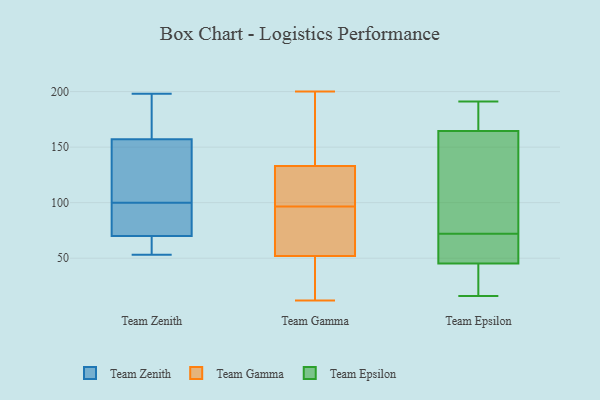
{"axis": {"x": "Demand Index", "y": "Value"}, "legend": ["Team Epsilon", "Team Gamma", "Team Zenith"], "data": [{"x": "", "y": 53, "type": "Team Zenith"}, {"x": "", "y": 198, "type": "Team Zenith"}, {"x": "", "y": 190, "type": "Team Zenith"}, {"x": "", "y": 82, "type": "Team Zenith"}, {"x": "", "y": 58, "type": "Team Zenith"}, {"x": "", "y": 107, "type": "Team Zenith"}, {"x": "", "y": 58, "type": "Team Zenith"}, {"x": "", "y": 171, "type": "Team Zenith"}, {"x": "", "y": 82, "type": "Team Zenith"}, {"x": "", "y": 143, "type": "Team Zenith"}, {"x": "", "y": 93, "type": "Team Zenith"}, {"x": "", "y": 115, "type": "Team Zenith"}, {"x": "", "y": 182, "type": "Team Gamma"}, {"x": "", "y": 51, "type": "Team Gamma"}, {"x": "", "y": 141, "type": "Team Gamma"}, {"x": "", "y": 94, "type": "Team Gamma"}, {"x": "", "y": 34, "type": "Team Gamma"}, {"x": "", "y": 160, "type": "Team Gamma"}, {"x": "", "y": 53, "type": "Team Gamma"}, {"x": "", "y": 120, "type": "Team Gamma"}, {"x": "", "y": 99, "type": "Team Gamma"}, {"x": "", "y": 148, "type": "Team Gamma"}, {"x": "", "y": 98, "type": "Team Gamma"}, {"x": "", "y": 30, "type": "Team Gamma"}, {"x": "", "y": 95, "type": "Team Gamma"}, {"x": "", "y": 39, "type": "Team Gamma"}, {"x": "", "y": 73, "type": "Team Gamma"}, {"x": "", "y": 111, "type": "Team Gamma"}, {"x": "", "y": 12, "type": "Team Gamma"}, {"x": "", "y": 63, "type": "Team Gamma"}, {"x": "", "y": 200, "type": "Team Gamma"}, {"x": "", "y": 125, "type": "Team Gamma"}, {"x": "", "y": 62, "type": "Team Epsilon"}, {"x": "", "y": 169, "type": "Team Epsilon"}, {"x": "", "y": 34, "type": "Team Epsilon"}, {"x": "", "y": 86, "type": "Team Epsilon"}, {"x": "", "y": 183, "type": "Team Epsilon"}, {"x": "", "y": 21, "type": "Team Epsilon"}, {"x": "", "y": 70, "type": "Team Epsilon"}, {"x": "", "y": 191, "type": "Team Epsilon"}, {"x": "", "y": 52, "type": "Team Epsilon"}, {"x": "", "y": 43, "type": "Team Epsilon"}, {"x": "", "y": 163, "type": "Team Epsilon"}, {"x": "", "y": 38, "type": "Team Epsilon"}, {"x": "", "y": 126, "type": "Team Epsilon"}, {"x": "", "y": 165, "type": "Team Epsilon"}, {"x": "", "y": 131, "type": "Team Epsilon"}, {"x": "", "y": 188, "type": "Team Epsilon"}, {"x": "", "y": 16, "type": "Team Epsilon"}, {"x": "", "y": 59, "type": "Team Epsilon"}, {"x": "", "y": 72, "type": "Team Epsilon"}]}